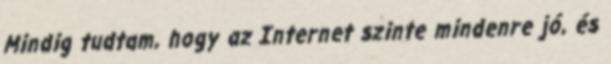
Mindig tudtam, hogy az Internet szinte mindenre jó, és